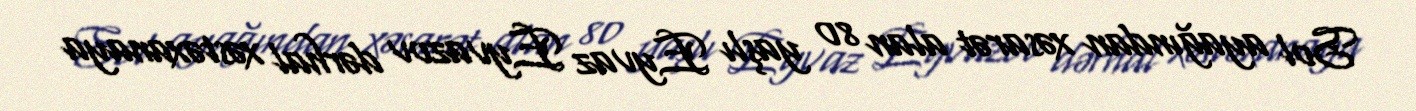
Sol ayağından xəsarət alan 80 yaşlı Eyvaz Eyvazov dərhal xəstəxanaya